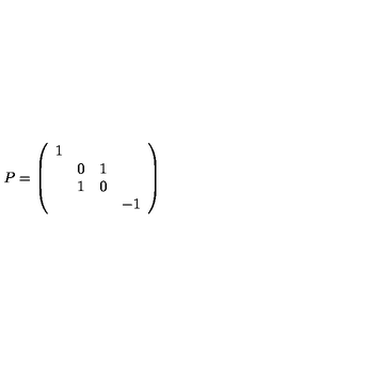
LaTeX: P = \left( \begin{array} { c c c c } { 1 } & { } & { } & { } \\ { } & { 0 } & { 1 } & { } \\ { } & { 1 } & { 0 } & { } \\ { } & { } & { } & { - 1 } \\ \end{array} \right)